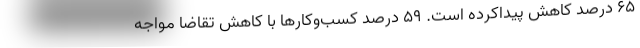
۶۵ درصد کاهش پیداکرده است. ۵۹ درصد کسب‌وکارها با کاهش تقاضا مواجه